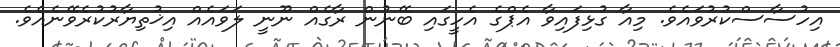
އިހުސާސްކުރުވައެވެ. މިއާ ގުޅިފައިވާ އެޕްގެ އެހީގައި ބޭނުން ރާގެއް ނޫނީ ލަވައެއް އިޚުތިޔާރުކުރެވޭނެއެވެ.